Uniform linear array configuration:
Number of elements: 8
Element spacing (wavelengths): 0.25
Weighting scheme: blackman
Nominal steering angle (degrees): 15
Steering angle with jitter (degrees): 14.356
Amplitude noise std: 0.05
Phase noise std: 0.05

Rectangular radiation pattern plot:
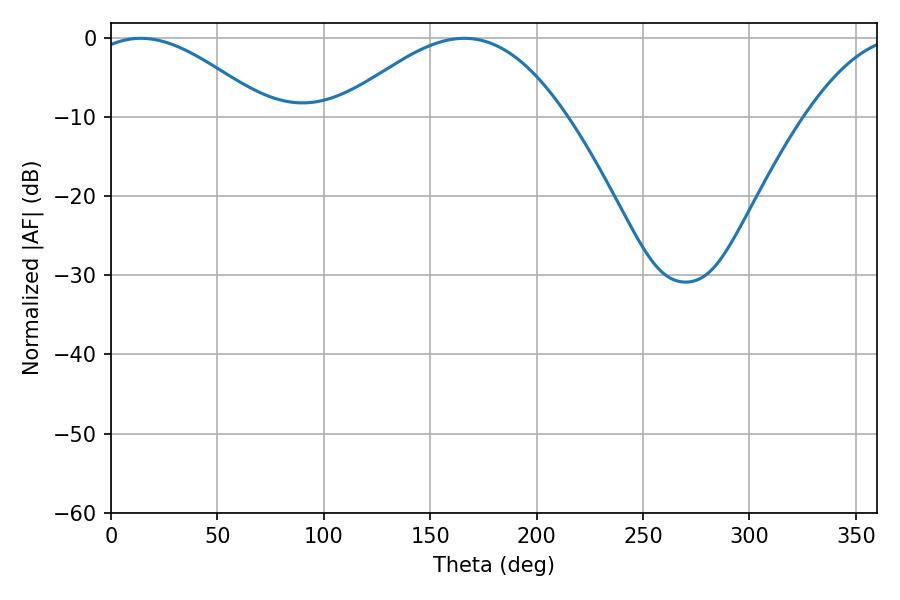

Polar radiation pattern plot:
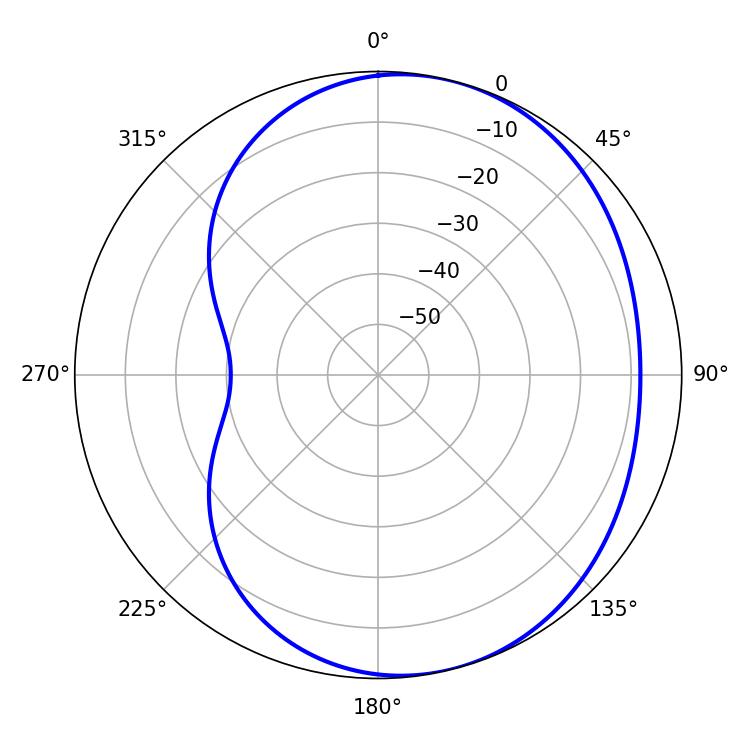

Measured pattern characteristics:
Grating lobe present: FALSE
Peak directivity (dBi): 4.702
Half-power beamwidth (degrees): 45.18
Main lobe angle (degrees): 14.04